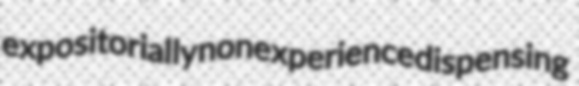
expositorially nonexperience dispensing